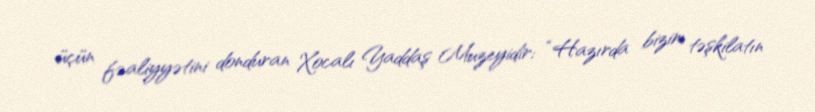
üçün fəaliyyətini donduran Xocalı Yaddaş Muzeyidir: “Hazırda bizim təşkilatın